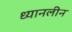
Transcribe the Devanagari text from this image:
ध्यानलीन